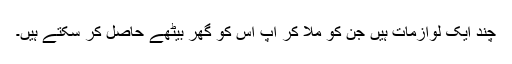
چند ایک لوازمات ہیں جن کو ملا کر آپ اس کو گھر بیٹھے حاصل کر سکتے ہیں۔